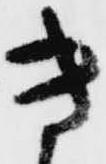
き